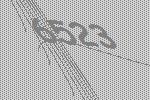
6523